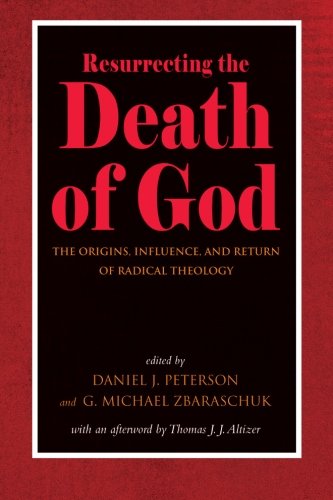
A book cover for Resurrecting the Death of God: The Origins, Influence, and Return of Radical Theology; Christian Books & Bibles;